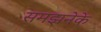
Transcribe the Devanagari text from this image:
समझनेके